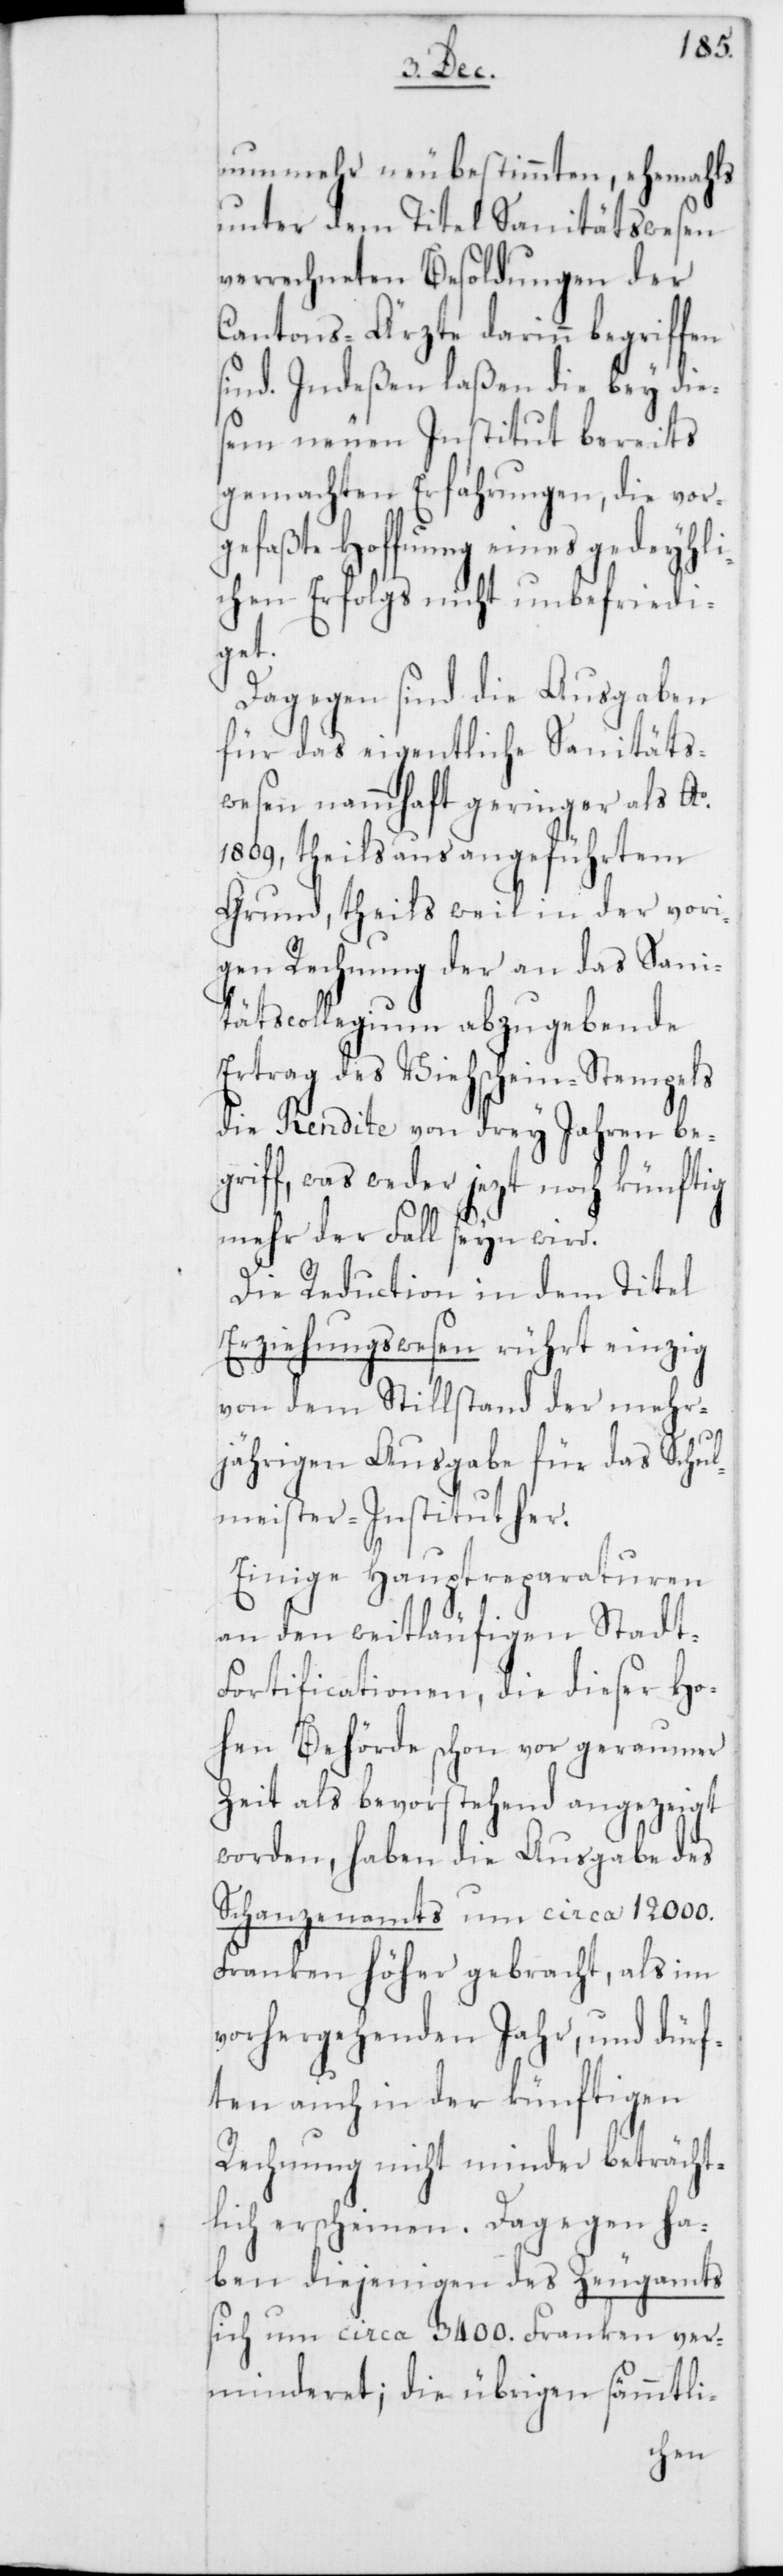
nunmehr neubestimmten, ehemahls
unter dem Titel Sanitätswesen
verrechneten Besoldungen der
Cantons-Ärzte darinn begriffen
sind. Indeßen laßen die bey dies¬
em neuen Institut bereits
gemachten Erfahrungen, die vor¬
gefaßte Hoffnung eines gedeyhli¬
chen Erfolgs nicht unbefriedi¬
get.
Dagegen sind die Ausgaben
für das eigentliche Sanitäts¬
wesen nammhaft geringer als Ao.
1809, theils aus angeführtem
Grund, theils weil in der vori¬
gen Rechnung der an das Sani¬
tätscollegium abzugebende
Ertrag des Viehschein-Stempels
die Rendite von drey Jahren be¬
griff, was weder jezt noch künftig
mehr der Fall sein wird.
Die Reduction in dem Titel
Erziehungswesen rührt einzig
von dem Stillstand der mehr¬
jährigen Ausgabe für das Schul¬
meister-Institut her.
Einige Hauptreparaturen
an den weitläufigen Stadt-F¬
ortificationen, die dieser Ho¬
hen Behörde schon vor geraumer
Zeit als bevorstehend angezeigt
worden, haben die Ausgabe des
Schanzenamts um circa 12000.
Franken höher gebracht als im
vorhergehenden Jahr, und dürf¬
ten auch in der künftigen
Rechnung nicht minder beträcht¬
lich erscheinen. Dagegen ha¬
ben diejenigen des Zeugamts
sich um circa 3400. Franken ver¬
minderet; die übrigen sämmtli-